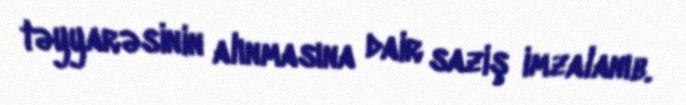
təyyarəsinin alınmasına dair saziş imzalanıb.